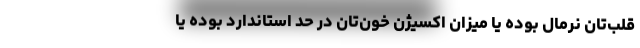
قلب‌تان نرمال بوده یا میزان اکسیژن خون‌تان در حد استاندارد بوده یا